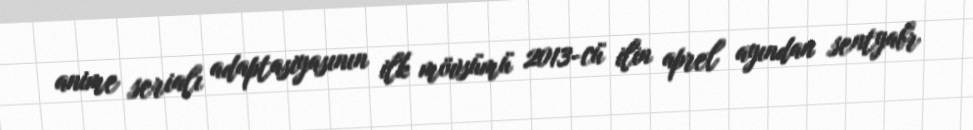
anime serialı adaptasiyasının ilk mövsümü 2013-cü ilin aprel ayından sentyabr